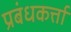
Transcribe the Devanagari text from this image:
प्रबंधकर्त्ता